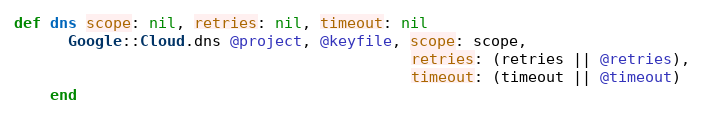
Language: Ruby
def dns scope: nil, retries: nil, timeout: nil
      Google::Cloud.dns @project, @keyfile, scope: scope,
                                            retries: (retries || @retries),
                                            timeout: (timeout || @timeout)
    end